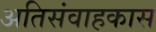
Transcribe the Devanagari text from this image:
अतिसंवाहकास